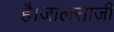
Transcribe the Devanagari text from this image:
है।जालसाजी